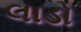
લાડો